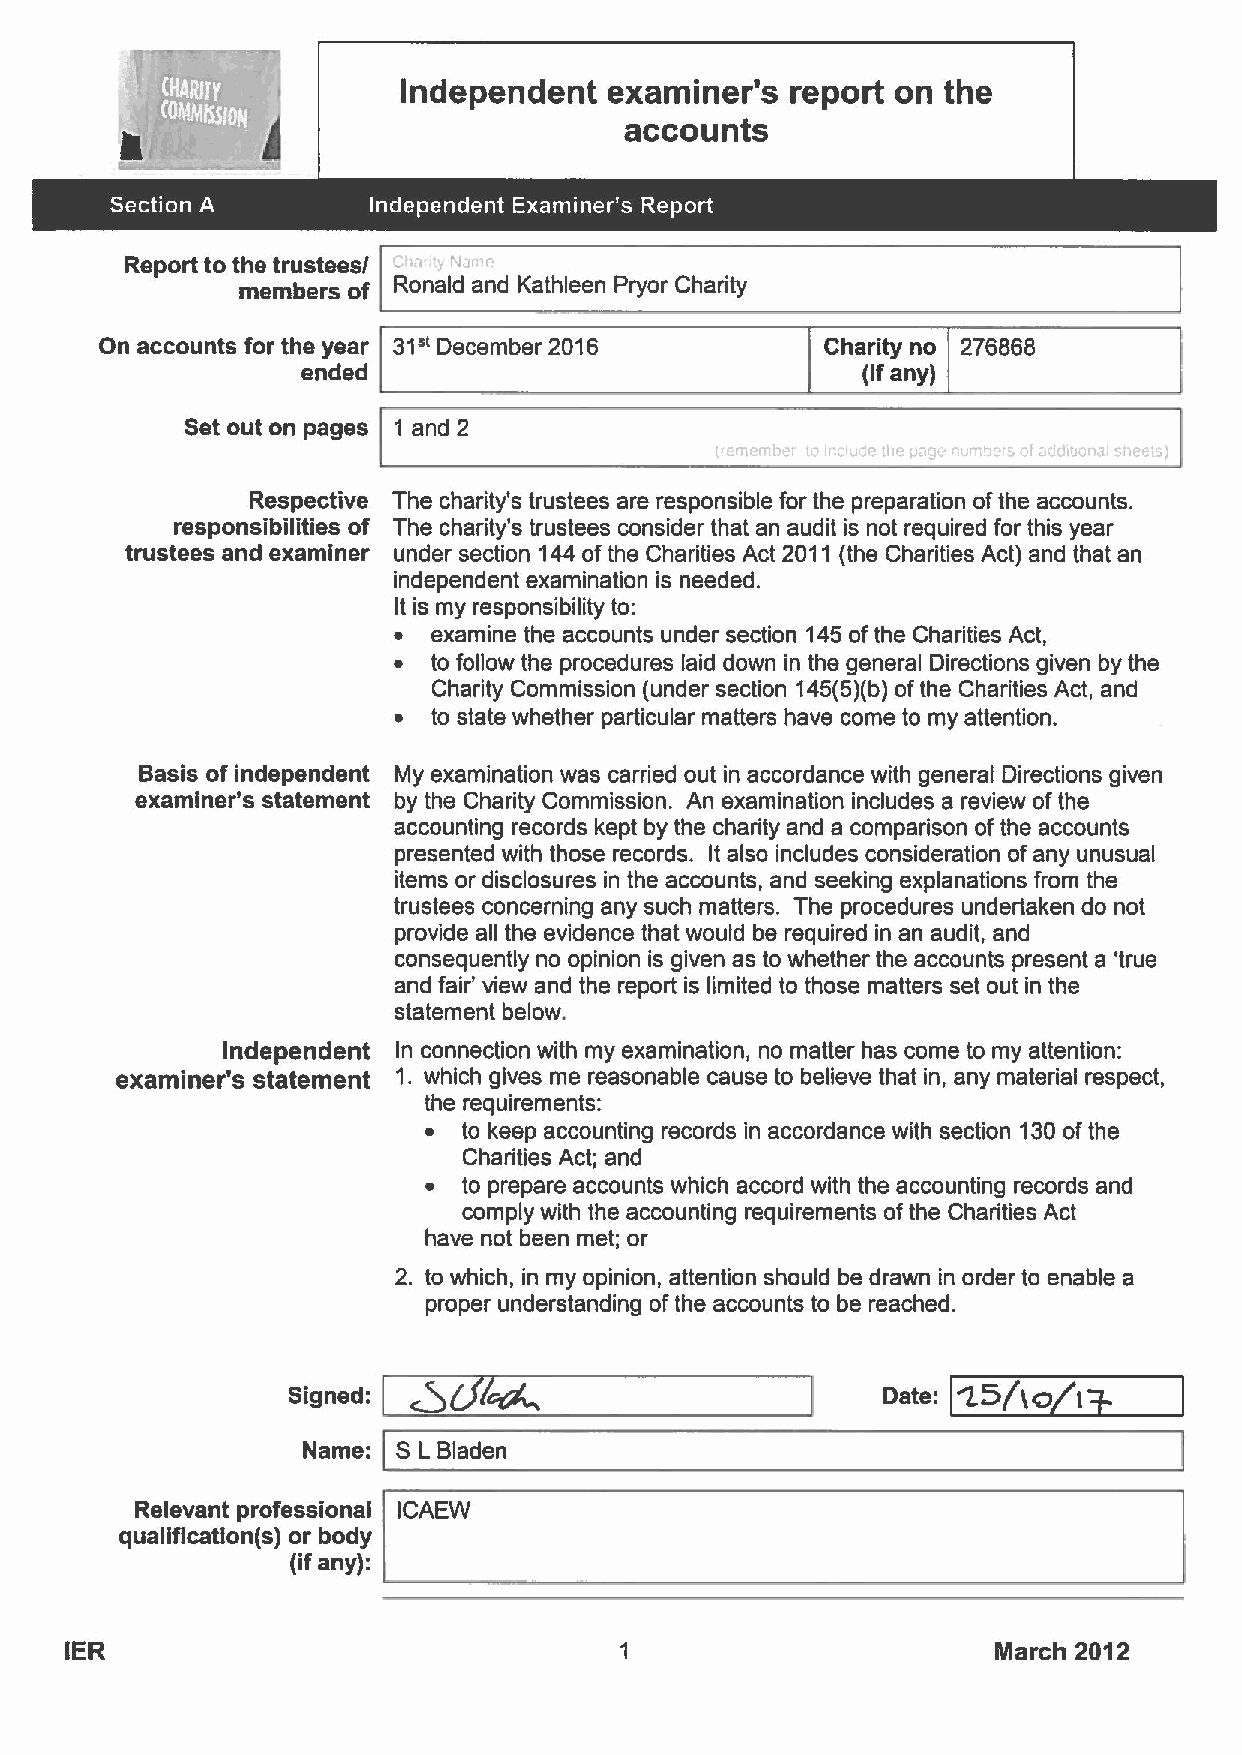
Independent  examiner's  report on  the
 accounts
 Report to the trustees/
 inembers of Ronald and Kathleen Pryor Charity
 31"
 On accounts for the year December 2016          Charity no 276868
 ended                                (ifany)
 Set out on pages 1 and 2
 Respective The charity's trustees are responsible for the preparation ofthe accounts.
 responsibilities of The charity's trustees consider that an audit is not required for this year
 trustees and examiner under section 144ofthe Charities Act 2011 (the Charities Act) and that an
 independent examination is needed.
 It is my responsibility to:
 ~  examine the accounts under section 145ofthe Charities Act,
 ~  to follow the procedures laid down in the general Directions given by the
 Charity Commission (under section 145(5)(b)ofthe Charities Act, and
 ~  to state whether particular matters have come to my attention.
 Basis of independent My examination was carried out in accordance with general Directions given
 examiner's statement by the Charity Commission. An examination includes a review ofthe
 accounting records kept by the charity and a comparison ofthe accounts
 presented with those records. It also includes consideration ofany unusual
 items or disclosures in the accounts, and seeking explanations from the
 trustees concerning any such matters. The procedures undertaken do not
 provide all the evidence that would be required in an audit, and
 consequently no opinion is given as to whether the accounts present a 'true
 and fair' view and the report is limited to those matters set out in the
 statement below.
 Independent In connection with my examination, no matter has come to my attention:
 examiner's statement 1. which gives me reasonable cause to believe that in, any material respect,
 the requirements:
 ~  to keep accounting records in accordance with section 130ofthe
 Charities Act; and
 ~  to prepare accounts which accord with the accounting records and
 comply with the accounting requirements ofthe Charities Act
 have not been met; or
 2. to which, in my opinion, attention should be drawn in order to enable a
 proper understanding ofthe accounts to be reached.
 j5/to
 Signed:                                Date:
 Name: S L Bladen
 Relevant professional ICAEW
 qualification(s) or body
 (ifany):
 IER                                                           Nlarch 2012